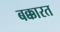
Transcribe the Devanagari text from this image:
बक्कारत